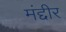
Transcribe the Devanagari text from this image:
मंद्दीर